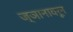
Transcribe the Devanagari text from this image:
ज्ञानावरून